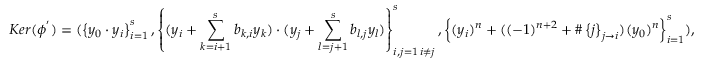
K e r ( \phi ^ { ' } ) = ( \left\{ y _ { 0 } \cdot y _ { i } \right\} _ { i = 1 } ^ { s } , \left\{ ( y _ { i } + \sum _ { k = i + 1 } ^ { s } b _ { k , i } y _ { k } ) \cdot ( y _ { j } + \sum _ { l = j + 1 } ^ { s } b _ { l , j } y _ { l } ) \right\} _ { \substack { i , j = 1 \, i \neq j } } ^ { s } , \left\{ ( y _ { i } ) ^ { n } + ( ( - 1 ) ^ { n + 2 } + \# \left\{ j \right\} _ { j \rightarrow i } ) ( y _ { 0 } ) ^ { n } \right\} _ { i = 1 } ^ { s } ) ,